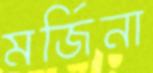
মর্জিনা